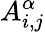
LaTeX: A_{i,j}^{\alpha}